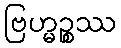
ဗြဟ္မဉ္စဿ